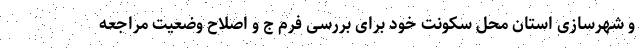
و شهرسازی استان محل سکونت خود برای بررسی فرم ج و اصلاح وضعیت مراجعه